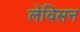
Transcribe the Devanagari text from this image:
लेविसन